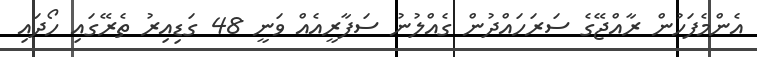
އެންމެފަހުން ރާއްޖޭގެ ސަރަހައްދުން ގެއްލުނު ސަފާރީއެއް ވަނީ 48 ގަޑިއިރު ތެރޭގައި ހޯދައި